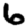
Digit: 6